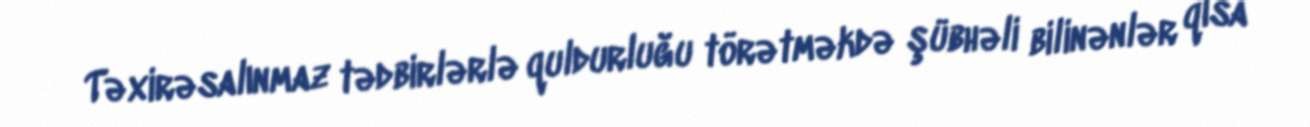
Təxirəsalınmaz tədbirlərlə quldurluğu törətməkdə şübhəli bilinənlər qısa